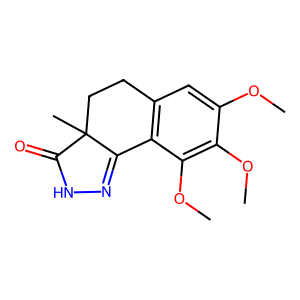
SMILES: COc1cc2c(c(OC)c1OC)C1=NNC(=O)C1(C)CC2
Inhibits HIV replication: No